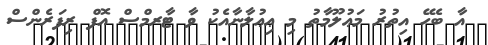
އާ ބެހޭ އިތުރު މަޢުލޫމާތު މި ޢިޢުލާނާއެކު ވާ ޓާރމްސް އޮފް ރިފަރެންސް